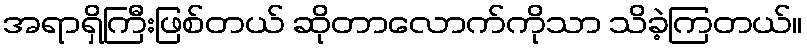
အရာရှိကြီးဖြစ်တယ် ဆိုတာလောက်ကိုသာ သိခဲ့ကြတယ်။